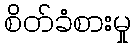
စိတ်ခံစားမှု